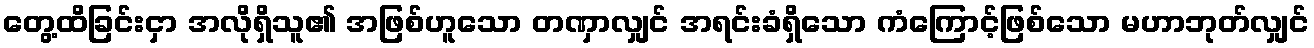
တွေ့ထိခြင်းငှာ အလိုရှိသူ၏ အဖြစ်ဟူသော တဏှာလျှင် အရင်းခံရှိသော ကံကြောင့်ဖြစ်သော မဟာဘုတ်လျှင်